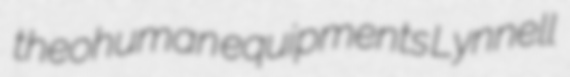
theohuman equipments Lynnell